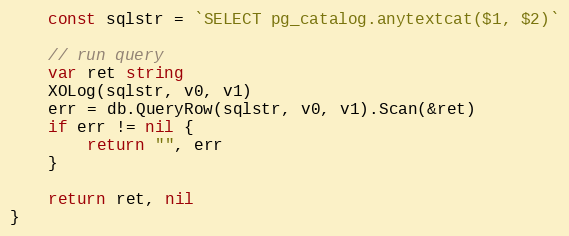
Language: Go
	const sqlstr = `SELECT pg_catalog.anytextcat($1, $2)`

	// run query
	var ret string
	XOLog(sqlstr, v0, v1)
	err = db.QueryRow(sqlstr, v0, v1).Scan(&ret)
	if err != nil {
		return "", err
	}

	return ret, nil
}